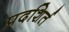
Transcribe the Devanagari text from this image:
प्रदशिर्त